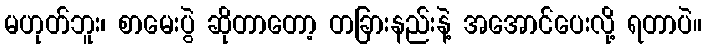
မဟုတ်ဘူး၊ စာမေးပွဲ ဆိုတာတော့ တခြားနည်းနဲ့ အအောင်ပေးလို့ ရတာပဲ။